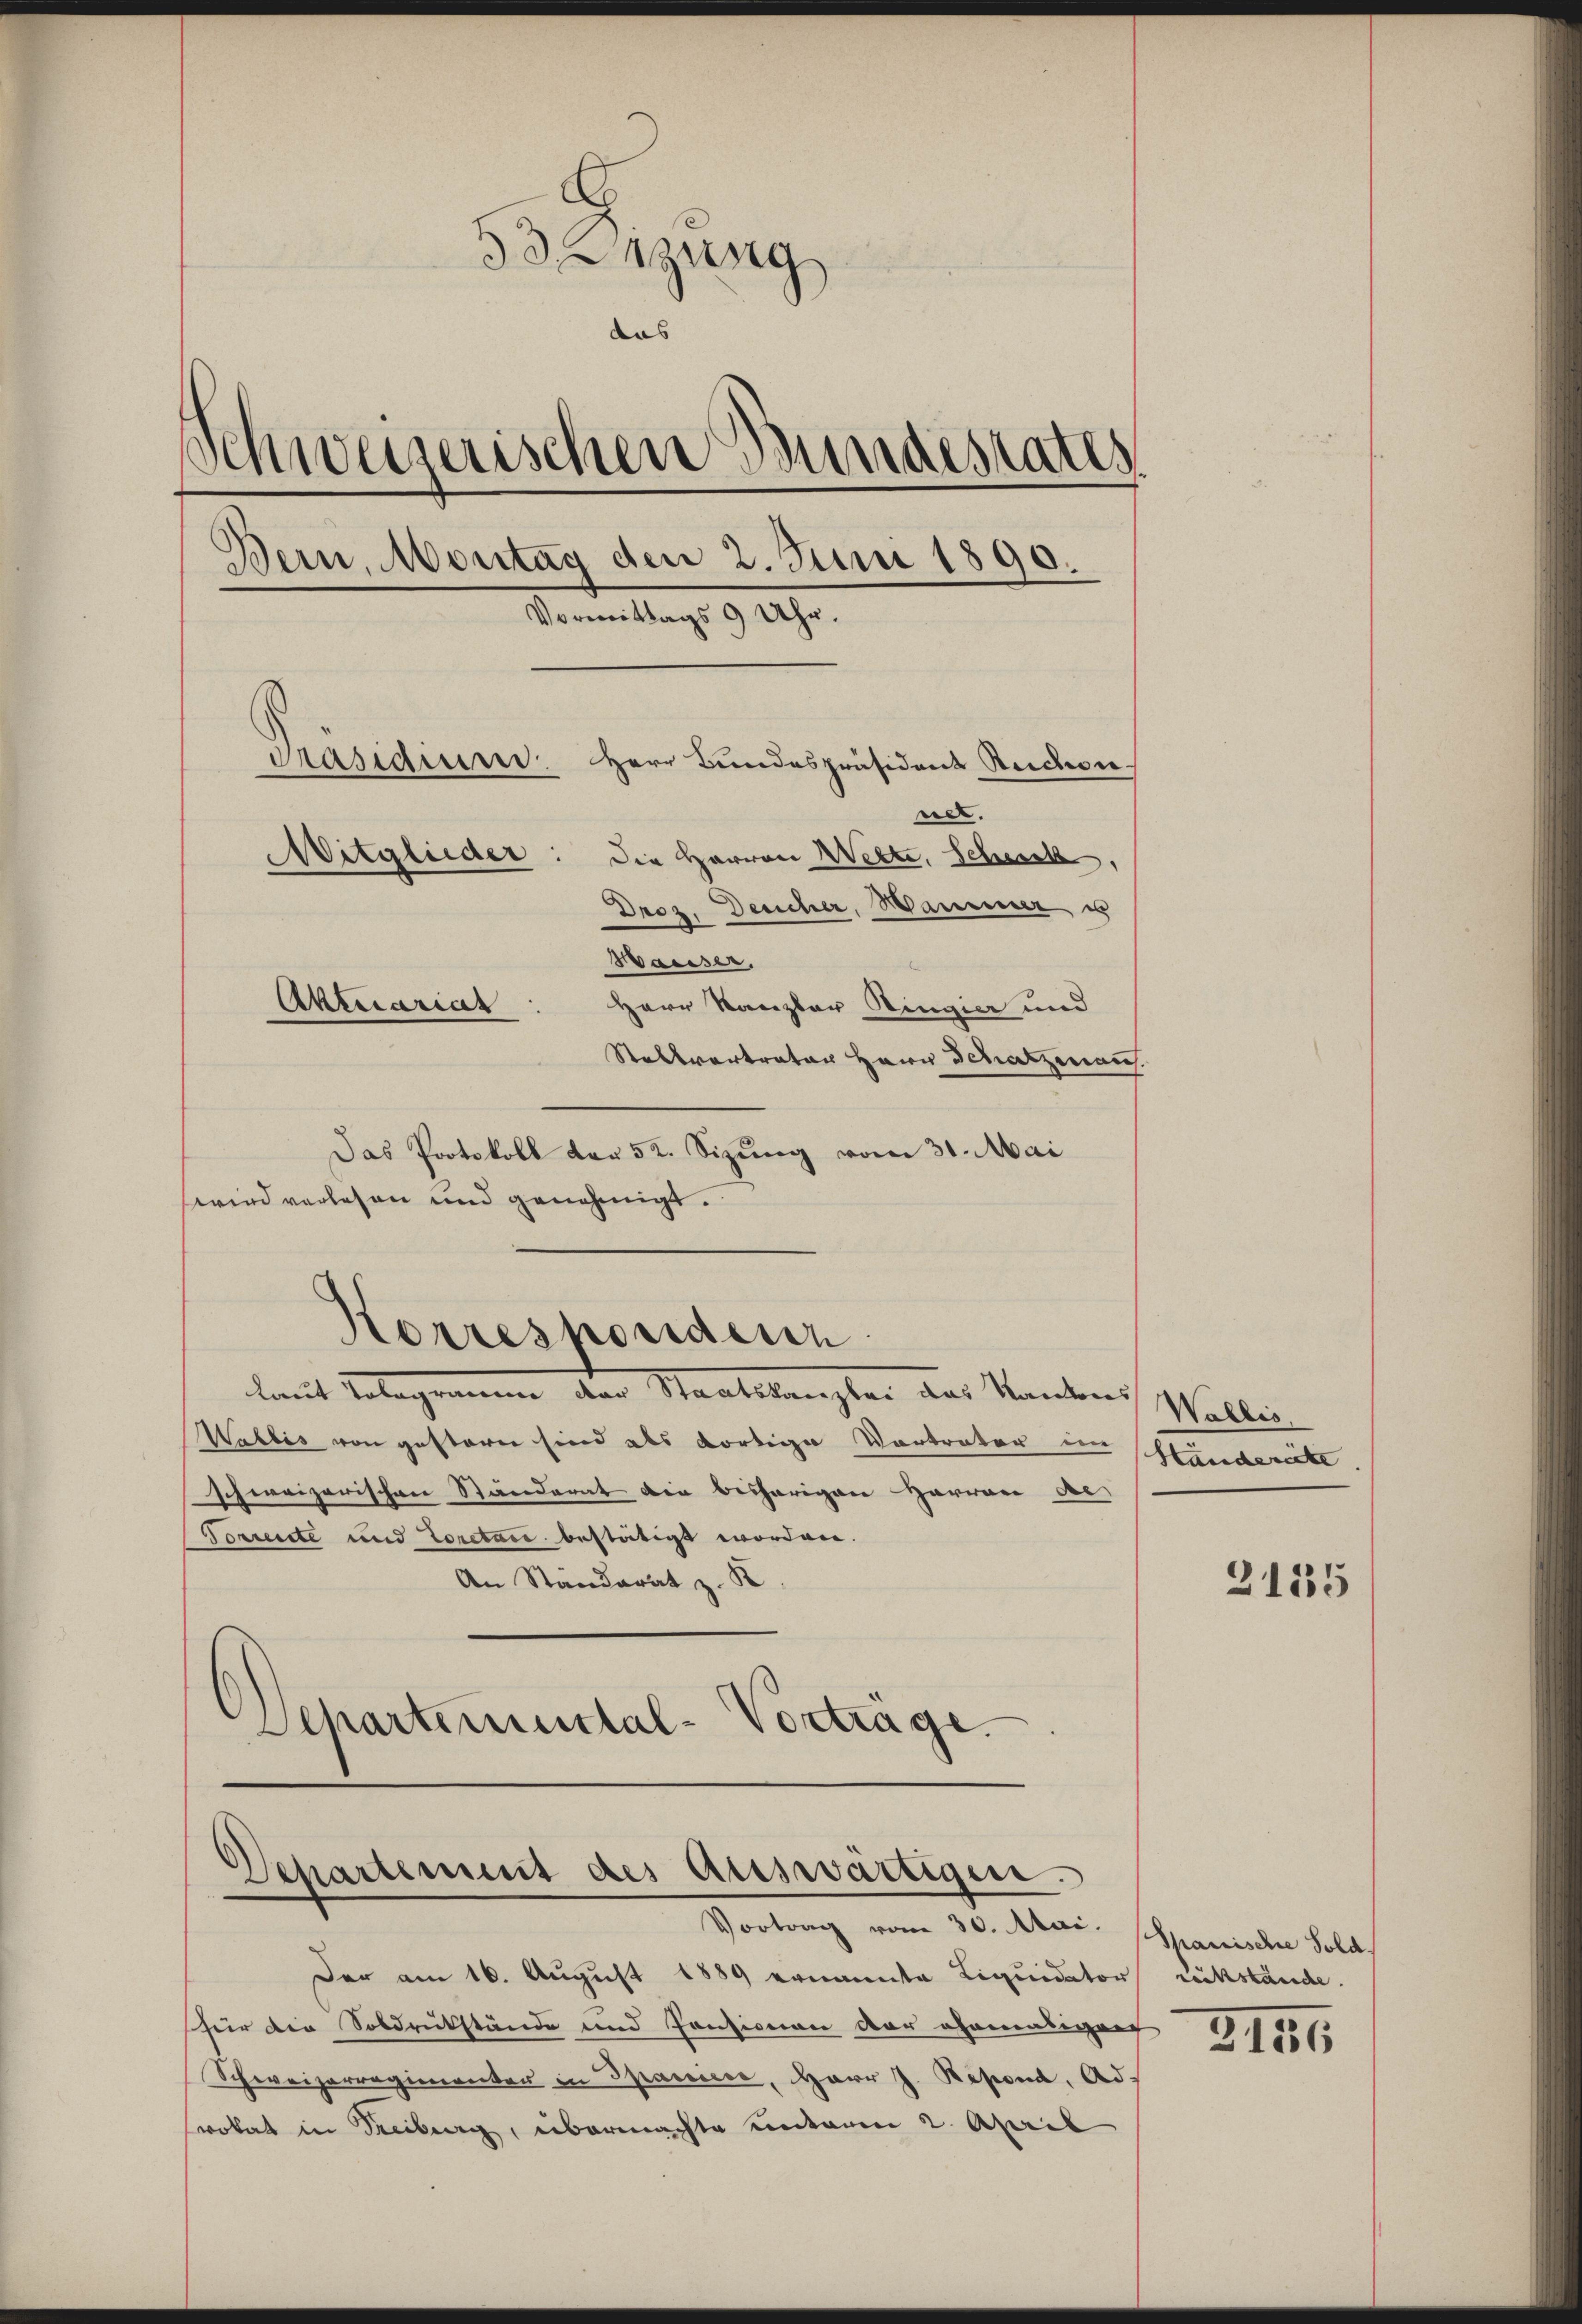
53. 1129
das
)
Schweizerischen Bundesrates
Bern, Montag den 2. Juni 1890.
Vormittags 9 Uhr.
Präsidium.
Herr Bundespräsidens Rudon
ner.
Mitglieder: die Herren Welte, Schenk,
Droz. Deucher, Hammener, u
Maasser.
Herr Kanzler Ringier und
Aktuariar
Stallvertrator Herrn Schatzenaus.

Das Protokoll der 52. Sizung vom 31. Mai
wird verlesen und genehmigt.
lmit Telegennung der Staatskanzler das Kantons Schallen
Wallis von gesteren sind als dortige Vortrater im
schweizerischen Standerat die beshörigen Harran de
Torrerste und Loretar bestätigt worden.
An Standerat z. K.
)
Schartemental-Vorträge

Korrespondern

Departement des auswärtigen.
Vortrag vom 30. Apri. Spanische Sold

Der am 16. August 1889 ernannte Liquidator Rückstände.
für die Soldrückstände und Pensionen der ehemaligen
Schweizerregimenter in Spaniece, Herr J. Resond. Ad
vokat in Freiberg, übermachte unterm 2. April

Händereite

2135

3151